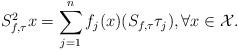
LaTeX: \begin{align*}S_{f,\tau}^2x=\sum_{j=1}^nf_j(x)(S_{f,\tau}\tau_j), \forall x \in \mathcal{X}.\end{align*}